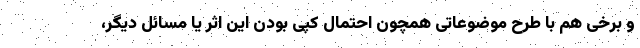
و برخی هم با طرح موضوعاتی همچون احتمال کپی بودن این اثر یا مسائل دیگر،